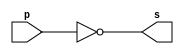
// ---------------------
// Guia 02 - Exerccio 03
// Nome: Luiz Guilherme Andrade Menezes
// ---------------------

// ---------------------
// -- porta not com porta nand
// ---------------------

module notnandgate (s, p);
 output s;
 input  p;
  
 assign s = ~(p & p); 

endmodule // notnandgate

// ---------------------
// -- test notnand gate
// ---------------------

module testnotnandgate;
 reg   a;
 wire  s;
          // instancia
 notnandgate XOR1 (s, a);
 
          // parte principal
 initial begin
      $display("Guia 02 - Exerccio 03 - Luiz Menezes - 292160");
      $display("notnandgate gate");
      $display("\n~(a & a) = s\n");
		$monitor("~(%b & %b) = %b", a, a, s);
    	a=0;
 #1	a=1;

 end

endmodule // testnotnandgate